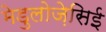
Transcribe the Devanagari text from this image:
मेडुलोज़ेसिई